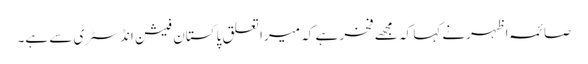
صائمہ اظہرنے کہا کہ مجھے فخر ہے کہ میرا تعلق پاکستان فیشن انڈسٹری سے ہے۔